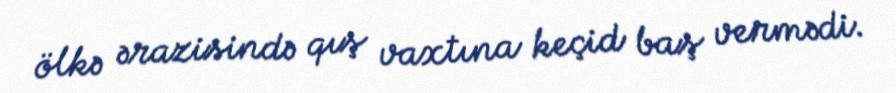
ölkə ərazisində qış vaxtına keçid baş vermədi.